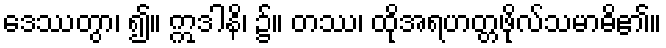
ဒေဿတွာ၊ ၍။ ဣဒါနိ၊ ၌။ တဿ၊ ထိုအရဟတ္တဖိုလ်သမာဓိ၏။